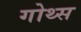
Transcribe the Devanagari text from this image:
गोथ्स